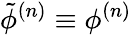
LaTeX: \tilde{\phi}^{(n)}\equiv\phi^{(n)}